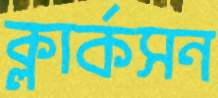
ক্লার্কসন